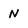
Character: N